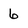
Character: 6